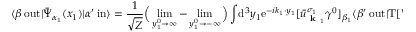
\langle \beta \ \mathrm { o u t } | { \bar { \Psi } } _ { \alpha _ { 1 } } ( x _ { 1 } ) | \alpha ^ { \prime } \ \mathrm { i n } \rangle = { \frac { 1 } { \sqrt { Z } } } { \Big ( } \operatorname* { l i m } _ { y _ { 1 } ^ { 0 } \rightarrow \infty } - \operatorname* { l i m } _ { y _ { 1 } ^ { 0 } \rightarrow - \infty } { \Big ) } \int \! \mathrm { d } ^ { 3 } y _ { 1 } \mathrm { e } ^ { - i k _ { 1 } \cdot y _ { 1 } } [ { \bar { u } } _ { { \textbf { k } } _ { 1 } } ^ { \sigma _ { 1 } } \gamma ^ { 0 } ] _ { \beta _ { 1 } } \langle \beta ^ { \prime } \ \mathrm { o u t } | \mathrm { T } [ \Psi _ { \beta _ { 1 } } ( y _ { 1 } ) { \bar { \Psi } } _ { \alpha _ { 1 } } ( x _ { 1 } ) ] | \alpha ^ { \prime } \ \mathrm { i n } \rangle .